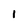
Character: 1